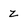
Character: Z